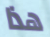
هذا